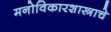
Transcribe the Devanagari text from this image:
मनोविकारशास्त्राचे